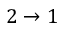
2 \rightarrow 1